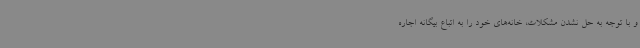
و با توجه به حل نشدن مشکلات، خانه‌های خود را به اتباع بیگانه اجاره